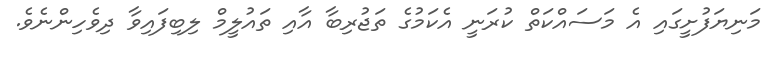
މަނިޔަފުށީގައި އެ މަސައްކަތް ކުރަނީ އެކަމުގެ ތަޖުރިބާ އާއި ތައުލީމް ލިބިފައިވާ ދިވެހިންނެވެ.